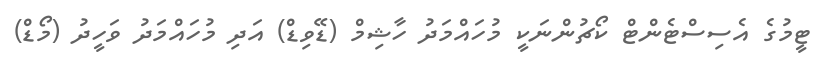
ޓީމުގެ އެސިސްޓެންޓް ކޯޗުންނަކީ މުހައްމަދު ހާޝިމް (ޑޭވިޑް) އަދި މުހައްމަދު ވަހީދު (މޯޑް)